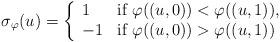
LaTeX: \begin{align*}\sigma_{\varphi}(u)=\left\{ \begin{array}{ll} 1 & \mbox{if}\ \varphi((u,0))<\varphi((u,1)), \\-1 & \mbox{if}\ \varphi((u,0))>\varphi((u,1)) \\\end{array} \right. \end{align*}